Annual report of the Madras Medical College
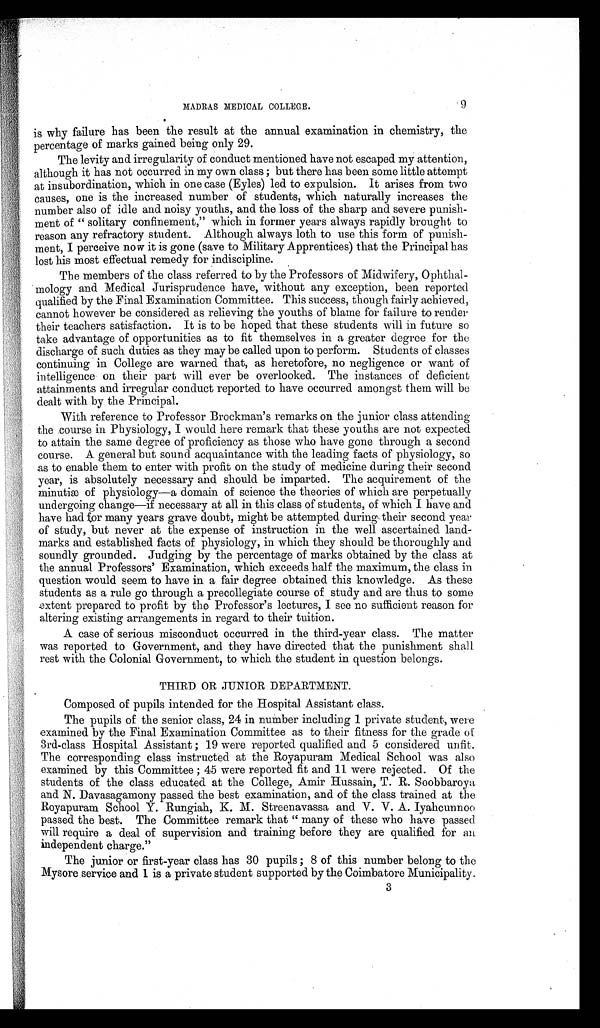
MADRAS MEDICAL COLLEGE.
9
is why failure has been the result at the annual examination in chemistry, the
percentage of marks gained being only 29.
The levity and irregularity of conduct mentioned have not escaped my attention,
although it has not occurred in my own class; but there has been some little attempt
at insubordination, which in one case (Eyles) led to expulsion. It arises from two
causes, one is the increased number of students, which naturally increases the
number also of idle and noisy youths, and the loss of the sharp and severe punish-
ment of "solitary confinement," which in former years always rapidly brought to
reason any refractory student. Although always loth to use this form of punish-
ment, I perceive now it is gone (save to Military Apprentices) that the Principal has
lost his most effectual remedy for indiscipline.
The members of the class referred to by the Professors of Midwifery, Ophthal-
mology and Medical Jurisprudence have, without any exception, been reported
qualified by the Final Examination Committee. This success, though fairly achieved,
cannot however be considered as relieving the youths of blame for failure to render
their teachers satisfaction. It is to be hoped that these students will in future so
take advantage of opportunities as to fit themselves in a greater degree for the
discharge of such duties as they may be called upon to perform. Students of classes
continuing in College are warned that, as heretofore, no negligence or want of
intelligence on their part will ever be overlooked. The instances of deficient
attainments and irregular conduct reported to have occurred amongst them will be
dealt with by the Principal.
With reference to Professor Brockman's remarks on the junior class attending
the course in Physiology, I would here remark that these youths are not expected
to attain the same degree of proficiency as those who have gone through a second
course. A general but sound acquaintance with the leading facts of physiology, so
as to enable them to enter with profit on the study of medicine during their second
year, is absolutely necessary and should be imparted. The acquirement of the
minutiæ of physiology—a domain of science the theories of which are perpetually
undergoing change—if necessary at all in this class of students, of which I have and
have had for many years grave doubt, might be attempted during their second year
of study, but never at the expense of instruction in the well ascertained land--
marks and established facts of physiology, in which they should be thoroughly and
soundly grounded. Judging by the percentage of marks obtained by the class at
the annual Professors' Examination, which exceeds half the maximum, the class in
question would seem to have in a fair degree obtained this knowledge. As these
students as a rule go through a precollegiate course of study and are thus to some
extent prepared to profit by the Professor's lectures, I see no sufficient reason for
altering existing arrangements in regard to their tuition.
A case of serious misconduct occurred in the third-year class. The matter
was reported to Government, and they have directed that the punishment shall
rest with the Colonial Government, to which the student in question belongs.
THIRD OR JUNIOR DEPARTMENT.
Composed of pupils intended for the Hospital Assistant class.
The pupils of the senior class, 24 in number including 1 private student, were
examined by the Final Examination Committee as to their fitness for the grade of
3rd-class Hospital Assistant; 19 were reported qualified and 5 considered unfit.
The corresponding class instructed at the Royapuram Medical School was also
examined by this Committee; 45 were reported fit and 11 were rejected. Of the
students of the class educated at the College, Amir Hussain, T. R. Soobbaroya
and N. Davasagamony passed the best examination, and of the class trained at the
Royapuram School Y. Rungiah, K. M. Streenavassa and V. V. A. Iyahcunnoo
passed the best. The Committee remark that "many of these who have passed
will require a deal of supervision and training before they are qualified for an
independent charge."
The junior or first-year class has 30 pupils; 8 of this number belong to the
Mysore service and 1 is a private student supported by the Coimbatore Municipality.
3